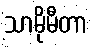
သာမိုမီတာ